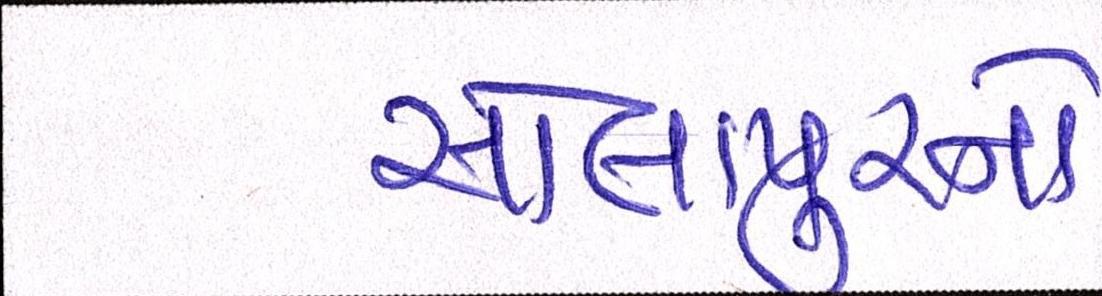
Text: સોલાપુરનો